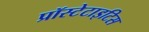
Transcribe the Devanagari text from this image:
प्रॉस्टेटाइटिस